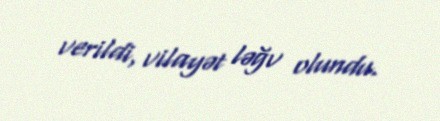
verildi, vilayət ləğv olundu.